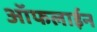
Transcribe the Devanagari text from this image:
आॅफलाईन